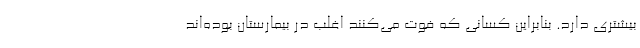
بیشتری دارد. بنابراین کسانی که فوت می‌کنند اغلب در بیمارستان بوده‌اند